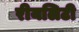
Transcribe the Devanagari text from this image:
रीयलिटी